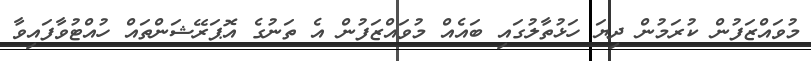
މުވައްޒަފުން ކުރަމުން ދިޔަ ހަޅުތާލުގައި ބައެއް މުވައްޒަފުން އެ ތަނުގެ އޮޕަރޭޝަންތައް ހުއްޓުވާފައިވާ